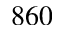
8 6 0